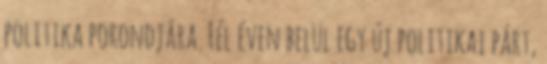
politika porondjára. Fél éven belül egy új politikai párt,